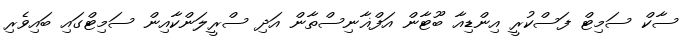
ސާކް ސަމިޓް ފަސްކުރީ އިންޑިއާ ބޫޓާން އަފްޣާނިސްތާން އަދި ސްރީލަންކާއިން ސަމިޓްގައި ބައިވެރި